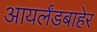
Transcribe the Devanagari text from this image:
आयर्लंडबाहेर